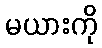
မယားကို